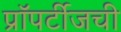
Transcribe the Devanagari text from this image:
प्रॉपर्टीजची